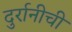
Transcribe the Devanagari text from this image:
दुर्रानीची